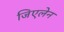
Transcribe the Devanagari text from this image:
जिएलेन